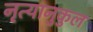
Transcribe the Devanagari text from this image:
नृत्यानुकुल